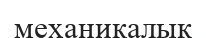
механикалық